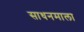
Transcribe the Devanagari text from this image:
साधनमाला